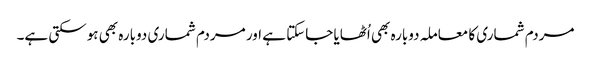
مردم شماری کا معاملہ دوبارہ بھی اُٹھایا جاسکتا ہے اور مردم شماری دوبارہ بھی ہوسکتی ہے۔